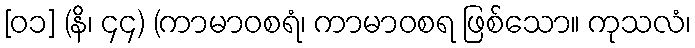
[၀၁] (နိ၊ ၄၄) (ကာမာဝစရံ၊ ကာမာဝစရ ဖြစ်သော။ ကုသလံ၊